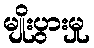
မျိုးပွားမှု